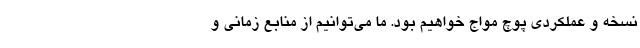
نسخه‌ و عملکردی پوچ مواج خواهیم بود. ما می‌توانیم از منابع زمانی و